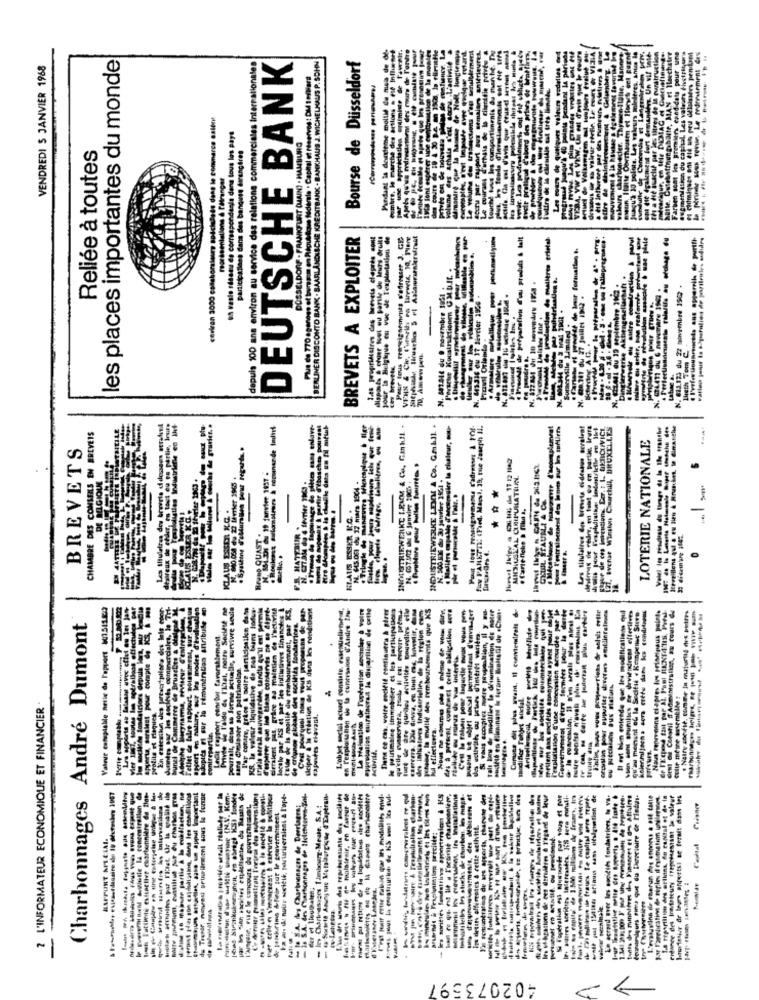
Pandant la doitleme mollie de misa de dd-
HAW VIZIA
tte. Catehoffnungsbante, MAN et Haechairr
DEUTSCHE BANK
alle, Manors
heute minteres Ante la
ened dats pour une
mend ation du capital. Les valeurs fivetritura
VENDREDI S JANVIER 1968
les places importantes du monde
depuis 100 ans environ au service des relations commerciales internationales
KREDITBANK - BANKHAUS J. WICHELHAUS P. SOHN
Bourse de Dusseldorf
viltum vedelles
La parte
Sedária · Capital et réservos: DM 1milliard
de Nont.
Cumbre. le marche des actions .
Ciber
cevian 3000 collaborateurs spécialedo dans le comnarco callmy
un vasto stanu de correspondanla dans tous les pays
CRAIGFLIRT (MAIN) . HAMBURG
Farben sont les premi
participations dans des banques dirençdres
volume des Achats
Reliée à toutes
1858 loni esper
Short
# da
louch!
BREVETS A EXPLOITER
your la Belgique eu vue de Texplostation de
Pour tous renseignements s'adresser J. GE
2 de préparefiun d'ou produts & talt
Porsche Konstruktionen GMAIL. .
ervele als autre construction &
BERLINER DISCONTO BANK . B
N. 613.12) du 22 novembre 19C .
du It Sevrier 1926 .
werke Aktienge
Pravil Orlemle -
AG.
ligth Tom C.
cey brevets,
Sum
N.
INDUSTRIEWERKE LESEM & Co. GmbIl. .
fizy PANKTIL (Fied. Macsl. 19, rue Jeseph Il.
Les titulaires des brevets ci-dessus serairat
121, avenue Winston Churchill, BRUXELLES
CHAMBRE DES CONSEILS EM BREVEIS
INDUSTRIEWELKE I.EUM & Ca. GunkIL.
LOTERIE NATIONALE
BREVETS
N. C.0SI du 17 mars 1904 -
BIOU
Les thuisirss des brevets
***
KLAUS EEEE KG .
. Cariefiche & flu a,
-
Bruno QUAST"
-
FR. HATTABLIR .
Dreirs 4.
-
Tellet de lalee rapport. moinsmeat, Bur, cheson
adoptes ni sur la rémunération Attribute en
Privde de l'aide es I'llist, notre Société ne
XS, la valeur liquidative de g48 teams lodua.
ETinin strakt sauvegarde, tandu qu'il est permis
Ceapirer que Ine tlese contervis ne se Cipre-
et par les initiatives finances
MARL PAT XS.
a W création de KS dans les conditions
L'objet social actuel consiste, eisenwellenstad,
Dans ce cas, voire cocleid continuera & pirer
qu'elle evenservera, tool il ent encore prema
es intistores IndcAuriolies de la région com.
des à présent, comenel celle oldipation sora
Tall bew @ modifier la difumination de notre
l'exploitation C'une conocation accordée par Ie
orussian pour supurter doverees emillinrelines
Man sont soumises te deviendront effectives
Nous reprenons clapres les priorinous points
cent di Cotonil IfAdministration, au cours de
tuge de are quiries eclavités onquelles elle
Cumuns dit soua wwam, Il commendirets
Il est bien entende que les modifications qui
kolerimijaena sera cstře dans les conditions
Natte soofse, comme in mutortie des putre
charbonnages Irpiges, ør (1 30% vie sum
Charbonnages André Dumont
tunel de Commerce de BruseLes & otites
Le hallag, tor les modes d'ival
des sociétés fondatrices.
Lecit rapport canebat favorablement.
spuerta, seralest pour compte de
this estivill ou prises d'imerts wr
Lars divinaer son patrimoine.
Ade de Is moitié du reanhoura
ou precialacs Ous Flaturk
modifier Tehjet social.
2 L'INFORMATEUR ECONOMIQUE ET FINANCIER
profile et Flaques
capetes elavant.
ud effectuera.
siciper a 1
per celle n \'redactest & exporter la politique
de Tresor, noved ortellement sous la fonde
(HV. Kem.
- 18 S.A. des Charhonnages de Ilelchterm-Zal.
fatiinns \ tu ne malateair, en faveur de
---------
Teaplulialkn charbon-
Its of hpations de ces dernitres @ I'tsand de leur
UND wa capite' de 1 .500 miliam de fraany, Ins
Co accord avec les sociétés fondatrices, Io v8.
founamiqurs sims que du Derecioire de Iledus.
Şar Farelication de règles il estimation unilerares
enfance des Irostateuty frepoisesisnt in valeur
lomustatier dr loures anportst se ferait dans les
de temkrims tlet tor le couvemaisest
HAFFURT MILLIAL.
et liouihalen;
vale meninale
ov-Letras
1. SA. C
402073597
-